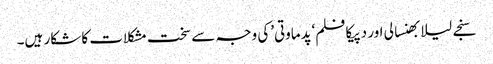
سنجے لیلا بھنسالی اور دپیکا فلم‘پدماوتی’کی وجہ سے سخت مشکلات کا شکار ہیں۔